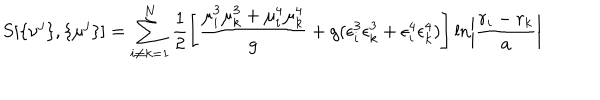
S [ \{ \nu ^ { j } \} , \{ \mu ^ { j } \} ] = \sum _ { i \neq k = 1 } ^ { N } \frac { 1 } { 2 } \left[ \frac { \mu _ { i } ^ { 3 } \mu _ { k } ^ { 3 } + \mu _ { i } ^ { 4 } \mu _ { k } ^ { 4 } } { g } + g ( \epsilon _ { i } ^ { 3 } \epsilon _ { k } ^ { 3 } + \epsilon _ { i } ^ { 4 } \epsilon _ { k } ^ { 4 } ) \right] \ln \left| \frac { r _ { i } - r _ { k } } { a } \right|